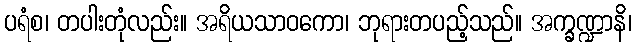
ပရံစ၊ တပါးတုံလည်း။ အရိယသာဝကော၊ ဘုရားတပည့်သည်။ အက္ခဏ္ဍာနိ၊